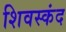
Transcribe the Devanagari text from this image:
शिवस्कंद